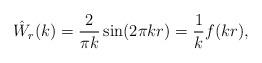
LaTeX: \begin{align*}\hat W_r(k) = \frac{2}{\pi k}\sin(2\pi k r) = \frac{1}{k}f(kr),\end{align*}